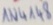
Text: IN4148